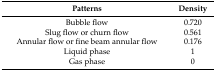
<table><thead><tr><td><b>Patterns</b></td><td><b>Density</b></td></tr></thead><tbody><tr><td>Bubble flow</td><td>0.720</td></tr><tr><td>Slug flow or churn flow</td><td>0.561</td></tr><tr><td>Annular flow or fine beam annular flow</td><td>0.176</td></tr><tr><td>Liquid phase</td><td>1</td></tr><tr><td>Gas phase</td><td>0</td></tr></tbody></table>